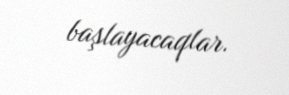
başlayacaqlar.